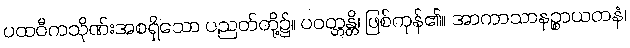
ပထဝီကသိုဏ်းအစရှိသော ပညတ်တို့၌။ ပဝတ္တန္တိ၊ ဖြစ်ကုန်၏။ အာကာသာနဉ္စာယတနံ၊